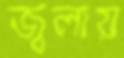
জ্বলায়